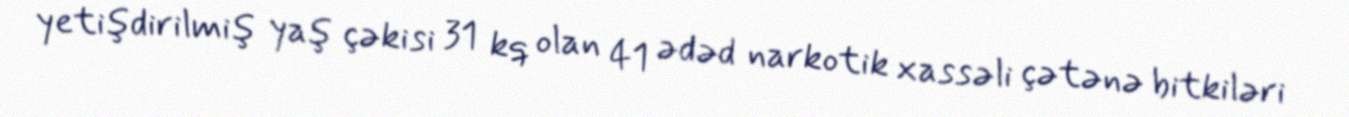
yetişdirilmiş yaş çəkisi 31 kq olan 41 ədəd narkotik xassəli çətənə bitkiləri